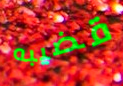
قضيبه